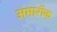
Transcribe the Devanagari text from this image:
अमारॉक